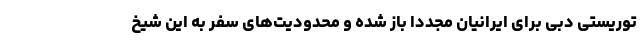
توریستی دبی برای ایرانیان مجددا باز شده و محدودیت‌های سفر به این شیخ